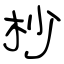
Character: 杪